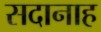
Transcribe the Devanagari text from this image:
सदानाह